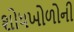
શોધખોળોની